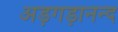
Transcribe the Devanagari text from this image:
अड़गड़ानन्द